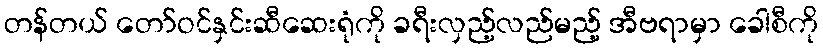
တန်တယ် တော်ဝင်နှင်းဆီဆေးရုံကို ခရီးလှည့်လည်မည့် အီဗရာမှာ ခေါစီကို